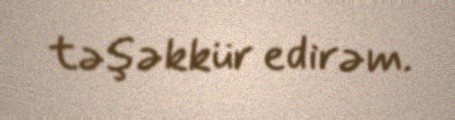
təşəkkür edirəm.